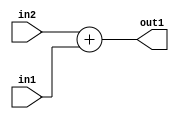
`timescale 1ps / 1ps
/*****************************************************************************
    Verilog RTL Description
    
    
    Created by: Stratus DpOpt 2019.1.01 
*******************************************************************************/

module st_weight_addr_gen_Add_8Ux8U_9U_4_9 (
	in2,
	in1,
	out1
	); /* architecture "behavioural" */ 
input [7:0] in2,
	in1;
output [8:0] out1;
wire [8:0] asc001;

assign asc001 = 
	+(in2)
	+(in1);

assign out1 = asc001;
endmodule

/* CADENCE  ubDzTg0= : u9/ySgnWtBlWxVPRXgAZ4Og= ** DO NOT EDIT THIS LINE ******/